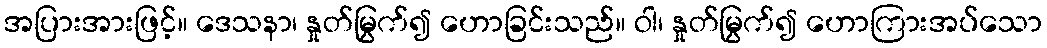
အပြားအားဖြင့်။ ဒေသနာ၊ နှုတ်မြွက်၍ ဟောခြင်းသည်။ ဝါ၊ နှုတ်မြွက်၍ ဟောကြားအပ်သော